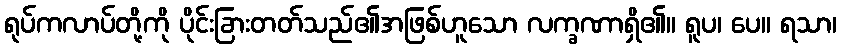
ရုပ်ကလာပ်တို့ကို ပိုင်းခြားတတ်သည်၏အဖြစ်ဟူသော လက္ခဏာရှိ၏။ ရူပ၊ ပေ။ ရသာ၊